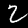
Label: 2